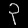
Digit: ၃